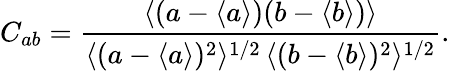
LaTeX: C_{ab}=\frac{\langle(a-\langle a\rangle)(b-\langle b\rangle)\rangle}{\langle(a-\langle a\rangle)^{2}\rangle^{1/2}\, \langle(b-\langle b\rangle)^{2}\rangle^{1/2}}.